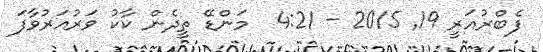
ފެބްރުއަރީ 19